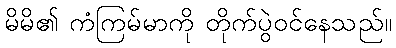
မိမိ၏ ကံကြမ်မာကို တိုက်ပွဲဝင်နေသည်။